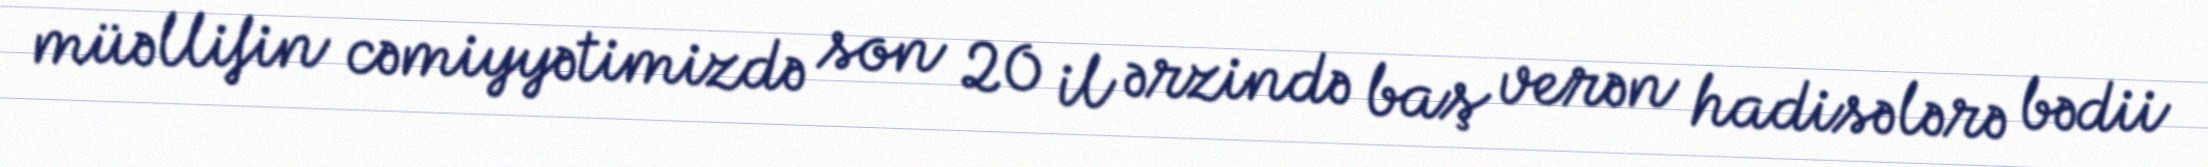
müəllifin cəmiyyətimizdə son 20 il ərzində baş verən hadisələrə bədii